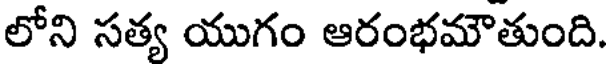
లోని సత్య యుగం ఆరంభమౌతుంది.